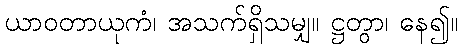
ယာဝတာယုကံ၊ အသက်ရှိသမျှ။ ဋ္ဌတွာ၊ နေ၍။